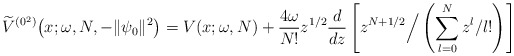
\begin{gather*} \widetilde{V}^{(0^{2})}\big(x;\omega ,N,-\Vert \psi _{0}\Vert ^{2}\big)=V(x;\omega,N) +\frac{4\omega }{N!}z^{1/2} \frac{d}{dz}\left[ z^{N+1/2}\Big/\left( \sum\limits_{l=0}^{N}z^{l}/l!\right)\right]\end{gather*}